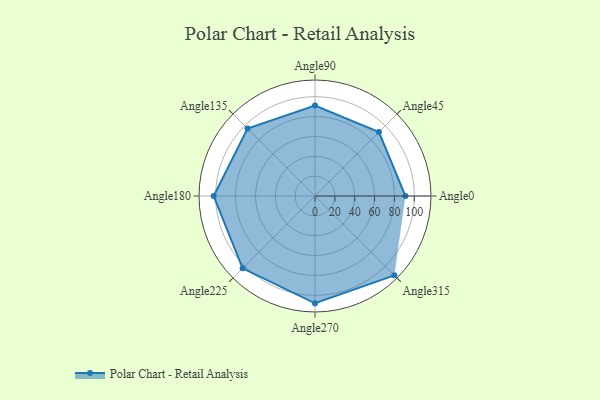
{"axis": {"x": "Angle", "y": "Radius"}, "legend": [""], "data": [{"x": "Angle0", "y": 91.0, "type": ""}, {"x": "Angle45", "y": 91.0, "type": ""}, {"x": "Angle90", "y": 91.0, "type": ""}, {"x": "Angle135", "y": 96.0, "type": ""}, {"x": "Angle180", "y": 102.0, "type": ""}, {"x": "Angle225", "y": 103.0, "type": ""}, {"x": "Angle270", "y": 108.0, "type": ""}, {"x": "Angle315", "y": 113.0, "type": ""}]}